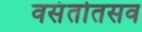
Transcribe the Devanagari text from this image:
वसंतोतसव